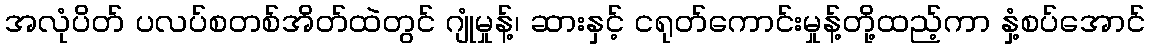
အလုံပိတ် ပလပ်စတစ်အိတ်ထဲတွင် ဂျုံမှုန့်၊ ဆားနှင့် ငရုတ်ကောင်းမှုန့်တို့ထည့်ကာ နှံ့စပ်အောင်